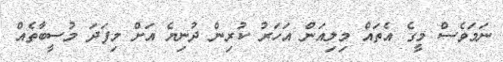
ނަމަވެސް މީގެ އެތައް މިލިއަން އަހަރު ކުރިން ދުނިޔެ އަށް މިފަދަ މުސީބާތެއް